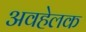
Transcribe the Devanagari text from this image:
अवहेलक